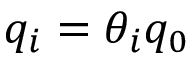
q _ { i } = \theta _ { i } q _ { 0 }